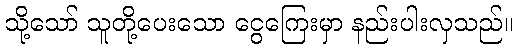
သို့သော် သူတို့ပေးသော ငွေကြေးမှာ နည်းပါးလှသည်။